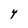
Character: 4